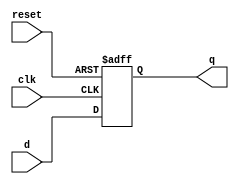
module flip_flop (
    input wire clk,         // Clock signal
    input wire reset,       // Asynchronous reset signal
    input wire d,          // Data input
    output reg q           // Data output
);

    // Always block sensitive to the negative edge of clk
    always @(negedge clk or posedge reset) begin
        if (reset) begin
            q <= 1'b0;      // Asynchronous reset
        end else begin
            q <= d;         // Non-blocking assignment on falling edge
        end
    end
endmodule